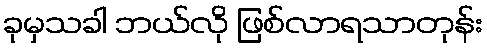
ခုမှသခါ ဘယ်လို ဖြစ်လာရသာတုန်း